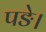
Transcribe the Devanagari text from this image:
पङे।